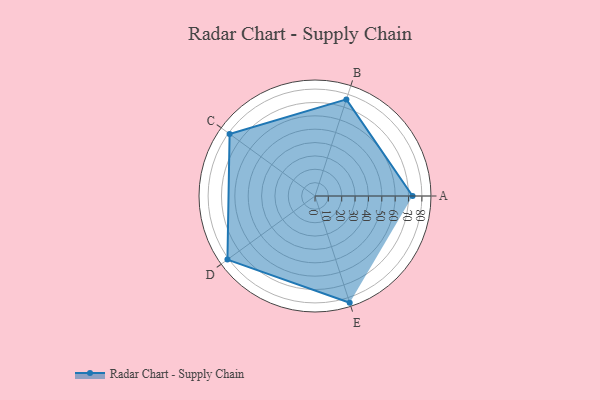
{"axis": {"x": "Skill", "y": "Score"}, "legend": ["Profile"], "data": [{"x": "A", "y": 73.0, "type": "Profile"}, {"x": "B", "y": 76.0, "type": "Profile"}, {"x": "C", "y": 79.0, "type": "Profile"}, {"x": "D", "y": 81.0, "type": "Profile"}, {"x": "E", "y": 84.0, "type": "Profile"}]}